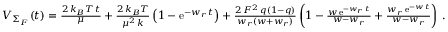
\begin{array} { r } { { \cal V } _ { \Sigma _ { F } } ( t ) = \frac { 2 \, k _ { B } T \, t } { \mu } + \frac { 2 \, k _ { B } T } { \mu ^ { 2 } \, k } \left( 1 - \mathrm { e } ^ { - w _ { r } \, t } \right) + \frac { 2 \, { \cal F } ^ { 2 } \, q ( 1 - q ) } { w _ { r } ( w + w _ { r } ) } \left( 1 - \frac { w \, \mathrm { e } ^ { - w _ { r } \, t } } { w - w _ { r } } + \frac { w _ { r } \, \mathrm { e } ^ { - w \, t } } { w - w _ { r } } \right) \, . } \end{array}